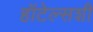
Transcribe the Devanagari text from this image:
हॉटेल्सशी